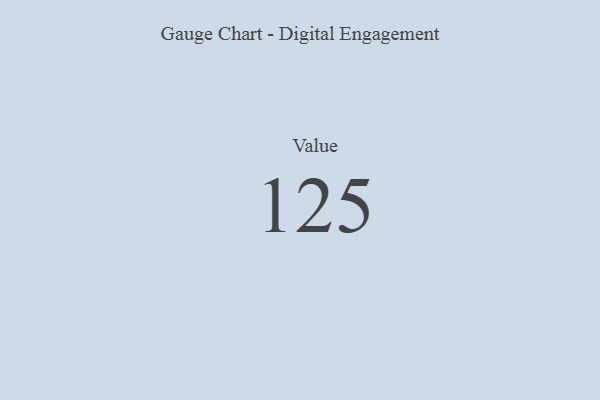
{"axis": {"x": "Metric", "y": "Value"}, "legend": [""], "data": [{"x": "Value", "y": 125, "type": ""}]}